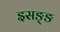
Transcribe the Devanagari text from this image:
इसङ्ङ